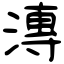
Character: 漙